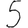
Digit: 5